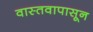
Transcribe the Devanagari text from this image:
वास्तवापासून